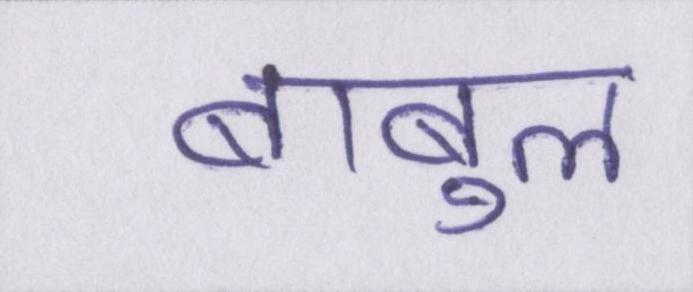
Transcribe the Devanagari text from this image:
बाबुल